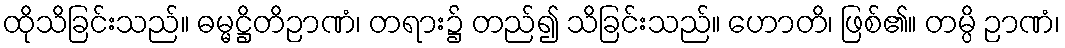
ထိုသိခြင်းသည်။ ဓမ္မဋ္ဌိတိဉာဏံ၊ တရား၌ တည်၍ သိခြင်းသည်။ ဟောတိ၊ ဖြစ်၏။ တမ္ပိ ဉာဏံ၊